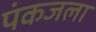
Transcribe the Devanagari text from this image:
पंकजला